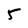
Character: 5